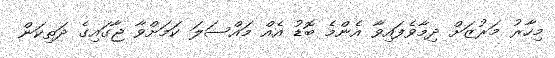
މިހާރު މަރުޒަށް ދިމާވެފައިވާ އެންމެ ބޮޑު އެއް މައްސަލަ ކަމަށްވާ ޖާގައިގެ ދަތިކަން